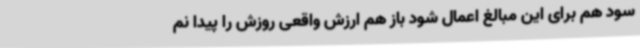
سود هم برای این مبالغ اعمال شود باز هم ارزش واقعی روزش را پیدا نم